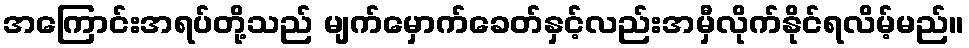
အကြောင်းအရပ်တို့သည် မျက်မှောက်ခေတ်နှင့်လည်းအမှီလိုက်နိုင်ရလိမ့်မည်။